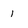
Character: 1